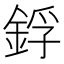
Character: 鋢